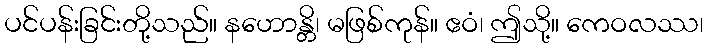
ပင်ပန်းခြင်းတို့သည်။ နဟောန္တိ၊ မဖြစ်ကုန်။ ဧဝံ၊ ဤသို့။ ကေဝလဿ၊